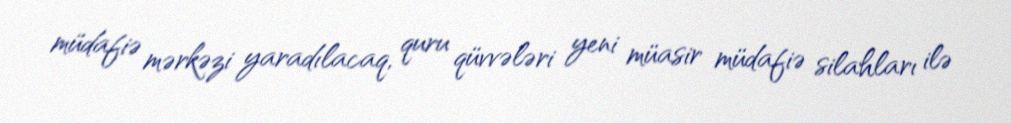
müdafiə mərkəzi yaradılacaq, quru qüvvələri yeni müasir müdafiə silahları ilə